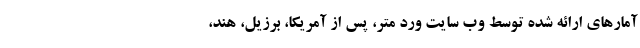
آمارهای ارائه شده توسط وب سایت ورد متر، پس از آمریکا، برزیل، هند،